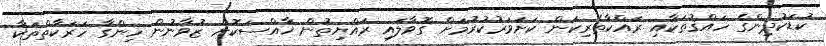
ކުޑަކުދިންގެ ހައްޤުތަކާއި ރައްކާތެރިކަން ކަށަވަރުކުރުމަށް ގޮވާލައި ރައްޔިތުން ޚާއްސަކޮށް ޒުވާނުން ހިންގާ ހަރަކާތްތަކާ